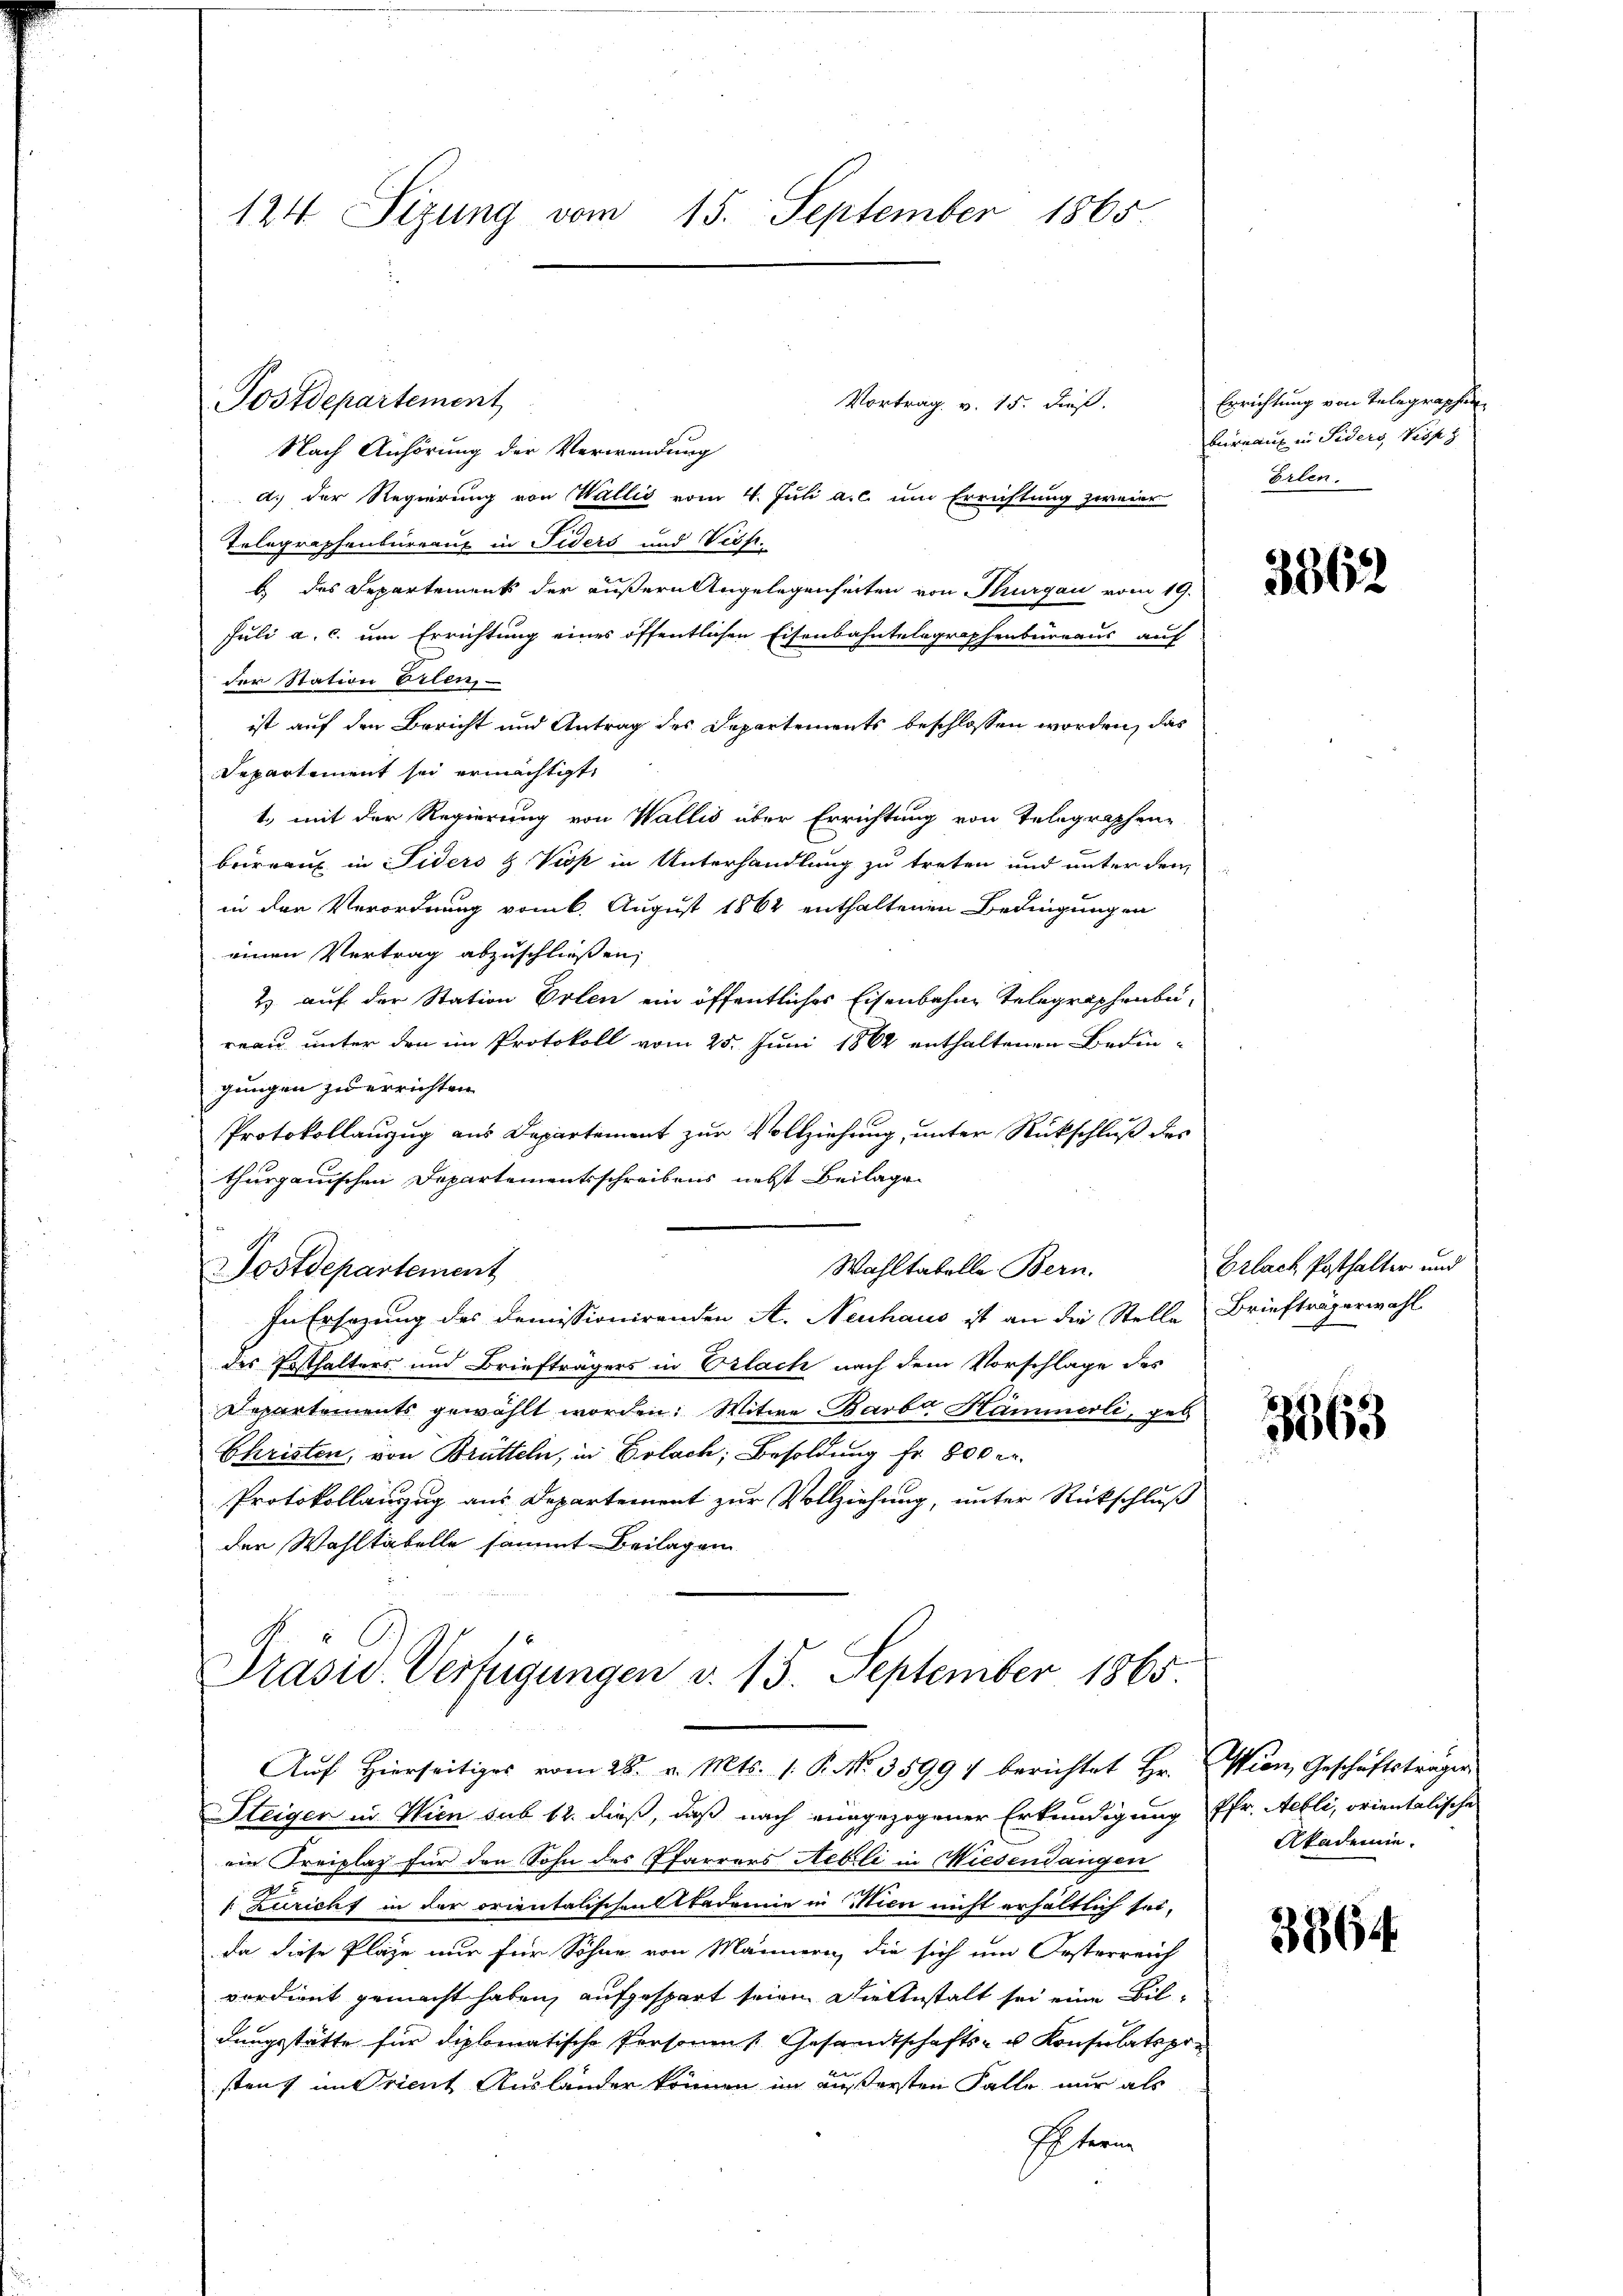
124 Sizung vom 15. September 1865

Vortrag v. 15. dieß.
Nach Anhörung der Verwendung
d.) Der Regierung von Wallis vom 4. Juli a.c. um Errichtung zweier
Tolographenbureaux in Fiders und Verf.
b.) des Departement der äußern Angelegenheiten von Thurgau vom 19.
Juli a. c. um Errichtung eines öffentlichen Eisenbahntelegraphenbureaus auf
der Station Erlen,
ist auf den Bericht und Antrag des Departements beschlossen worden, das
departiment sei ermächtigt,
1., mit der Regierung von Wallis über Errichtung von Telegraphen-
brirnaux in Fiders & Visp in Unterhandlung zu treten und unter den
in den Verordnung vom 6. August 1862 enthaltenen Bedingungen
einen Vertrag abzuschließen,
2) auf der Station Erlen ein öffentliches Eisenbahne Telegraphenbureau unter den im Protokoll vom 25. Juni 1862 enthaltenen Bedingungen zu errichten.
Protokollanzug aus Departement zur Vollziehung, unter Rückschluß des
thurgauischen Departementsschreibens nebst Beilage
Wahltabelle Bern.
PPostdepartement
In Ersezung des Demissionirenden A. Neuhaus ist an die Stelle Briefträgerwahl
des Posthalters und Briefträgers in Erlach nach dem Vorschlage des
.
Departements gewählt worden. Witwe Barb. Hämmerli, geb
Christen, von Brütteln, in Erlach, Besoldung fr. 800 r.
Protokollanzug aus Departement zur Vollziehung, unter Rückschluß
der Wahltabelle sammt Beilagen

Postdepartement

Steiger in Wien sub 12. dieß, daß nach eingezogener Erkundigung Pfr. Melli, orientalische
ein Kreiplaz für den Sohn des Pfarrers Nebli in Wiesendangen
". Zuricht in der orientalischen Akademie in Wien nicht erhältlich sei¬
Da diese Plaze nur für Söhne von Männern, die sich um Oesterreich
verdient gemacht haben, aufgespart seien. Die Anstalt sei eine Bildungsstätte für diplomatische Personen k. Gesandtschafts- u. Konsulatspre
stenz im Orient Ausländer können im äußersten Falle nur als
Eltern

Prasiv. Verfügungen d. 15. September 1865.
Auf Hierseitiges vom 28. v. Mts. 1. P. No. 35997 berichtet Hr. Wien Geschäftsträger

Errichtung von Telegraphen
bernau in Siders Piss z
Erlen.

3862

Erlach Posthalter und

3563

Akademie.

3364